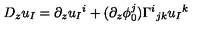
D _ { z } u _ { I } = \partial _ { z } u _ { I } { } ^ { i } + ( \partial _ { z } \phi _ { 0 } ^ { j } ) \Gamma ^ { i } { } _ { j k } u _ { I } { } ^ { k }